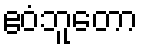
ဧဝံဘူတော